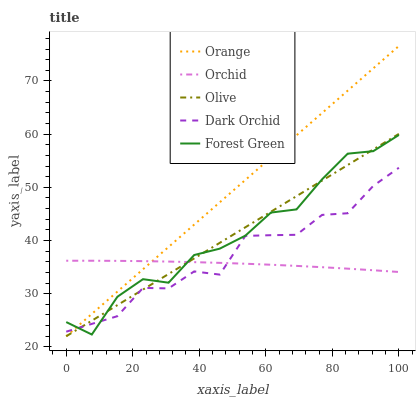
| xaxis_label | Orange | Orchid | Olive | Dark Orchid | Forest Green |
 | --- | --- | --- | --- | --- | --- |
 | 0 | 22 | 36.2 | 22 | 22.9 | 24.7 |
 | 7.69 | 26.2 | 36.2 | 24.9 | 24.3 | 22.3 |
 | 15.4 | 30.4 | 36.2 | 27.9 | 25.8 | 29.4 |
 | 23.1 | 34.6 | 36.1 | 30.8 | 31.1 | 32.7 |
 | 30.8 | 38.8 | 36 | 33.7 | 31 | 32.1 |
 | 38.5 | 43 | 35.9 | 36.6 | 34.2 | 37.3 |
 | 46.2 | 47.2 | 35.8 | 39.6 | 33.6 | 38.5 |
 | 53.8 | 51.4 | 35.6 | 42.5 | 40.9 | 40.9 |
 | 61.5 | 55.6 | 35.4 | 45.4 | 41 | 45.3 |
 | 69.2 | 59.8 | 35.2 | 48.3 | 41.1 | 45.8 |
 | 76.9 | 64 | 35 | 51.3 | 44.8 | 51.5 |
 | 84.6 | 68.2 | 34.7 | 54.2 | 45.1 | 56.3 |
 | 92.3 | 72.4 | 34.4 | 57.1 | 50.3 | 56.8 |
 | 100 | 76.6 | 34.1 | 60 | 53.7 | 59.8 |